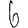
Digit: 6